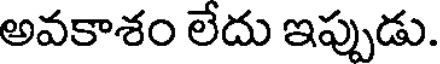
అవకాశం లేదు ఇప్పుడు.